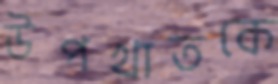
উপখাতকে